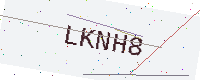
Text: LKNH8